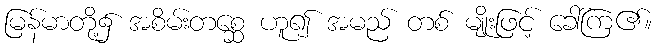
မြန်မာတို့၌ အစိမ်းတစ္ဆေ ဟူ၍ အမည် တစ် မျိုးဖြင့် ခေါ်ကြ၏။